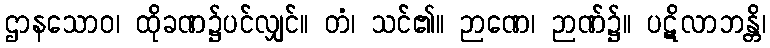
ဌာနသောဝ၊ ထိုခဏ၌ပင်လျှင်။ တံ၊ သင်၏။ ဉာဏေ၊ ဉာဏ်၌။ ပဋိလာဘန္တိ၊